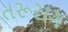
તરૂરાગ